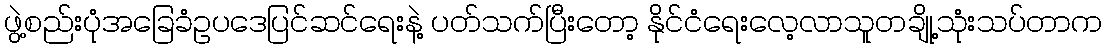
ဖွဲ့စည်းပုံအခြေခံဥပဒေပြင်ဆင်ရေးနဲ့ ပတ်သက်ပြီးတော့ နိုင်ငံရေးလေ့လာသူတချို့သုံးသပ်တာက